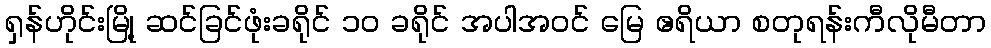
ရှန်ဟိုင်းမြို့ ဆင်ခြင်ဖုံးခရိုင် ၁၀ ခရိုင် အပါအဝင် မြေ ဧရိယာ စတုရန်းကီလိုမီတာ